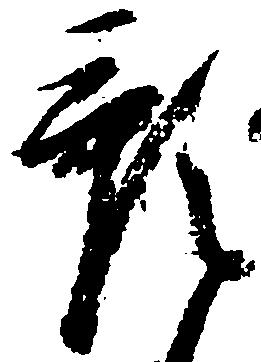
預